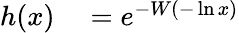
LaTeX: \begin{array}{rl}{h(x)}&{{}=e^{-W(-\ln x)}}\end{array}